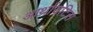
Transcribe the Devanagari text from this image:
आर्थ्रायटिस